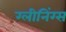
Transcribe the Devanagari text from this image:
ग्लीनिंग्स